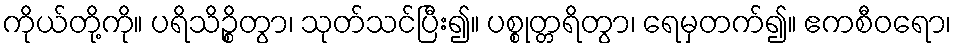
ကိုယ်တို့ကို။ ပရိသိဉ္စိတွာ၊ သုတ်သင်ပြီး၍။ ပစ္စုတ္တရိတွာ၊ ရေမှတက်၍။ ဧကစီဝရော၊